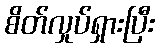
စိတ်လှုပ်ရှားပြီး